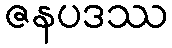
ဇနပဒဿ